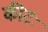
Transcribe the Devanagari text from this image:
कीटः